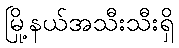
မြို့နယ်အသီးသီးရှိ